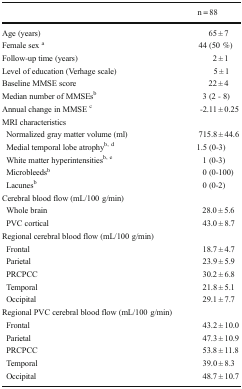
<table><thead><tr><td></td><td><b>n = 88</b></td></tr></thead><tbody><tr><td>Age (years)</td><td>65 ± 7</td></tr><tr><td>Female sex <sup>a</sup></td><td>44 (50 %)</td></tr><tr><td>Follow-up time (years)</td><td>2 ± 1</td></tr><tr><td>Level of education (Verhage scale)</td><td>5 ± 1</td></tr><tr><td>Baseline MMSE score</td><td>22 ± 4</td></tr><tr><td>Median number of MMSEs<sup>b</sup></td><td>3 (2 - 8)</td></tr><tr><td>Annual change in MMSE <sup>c</sup></td><td>-2.11 ± 0.25</td></tr><tr><td colspan="2">MRI characteristics</td></tr><tr><td> Normalized gray matter volume (ml)</td><td>715.8 ± 44.6</td></tr><tr><td> Medial temporal lobe atrophy<sup>b, d</sup></td><td>1.5 (0-3)</td></tr><tr><td> White matter hyperintensities<sup>b, e</sup></td><td>1 (0-3)</td></tr><tr><td> Microbleeds<sup>b</sup></td><td>0 (0-100)</td></tr><tr><td> Lacunes<sup>b</sup></td><td>0 (0-2)</td></tr><tr><td colspan="2">Cerebral blood flow (mL/100 g/min)</td></tr><tr><td> Whole brain</td><td>28.0 ± 5.6</td></tr><tr><td> PVC cortical</td><td>43.0 ± 8.7</td></tr><tr><td colspan="2">Regional cerebral blood flow (mL/100 g/min)</td></tr><tr><td> Frontal</td><td>18.7 ± 4.7</td></tr><tr><td> Parietal</td><td>23.9 ± 5.9</td></tr><tr><td> PRCPCC</td><td>30.2 ± 6.8</td></tr><tr><td> Temporal</td><td>21.8 ± 5.1</td></tr><tr><td> Occipital</td><td>29.1 ± 7.7</td></tr><tr><td colspan="2">Regional PVC cerebral blood flow (mL/100 g/min)</td></tr><tr><td> Frontal</td><td>43.2 ± 10.0</td></tr><tr><td> Parietal</td><td>47.3 ± 10.9</td></tr><tr><td> PRCPCC</td><td>53.8 ± 11.8</td></tr><tr><td> Temporal</td><td>39.0 ± 8.3</td></tr><tr><td> Occipital</td><td>48.7 ± 10.7</td></tr></tbody></table>